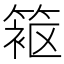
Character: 𬕦